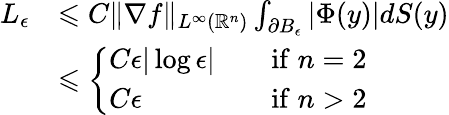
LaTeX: \begin{array}{rl}{L_{\epsilon}}&{\leqslant C\| \nabla f\| _{L^{\infty}(\mathbb{R}^{n})}\int_{\partial B_{\epsilon}}|\Phi(y)|dS(y)}\\ &{\leqslant\left\{ \begin{array}{ll}{C\epsilon|\log\epsilon|\quad}&{\mathrm{if}\; n=2}\\ {C\epsilon\quad}&{\mathrm{if}\; n>2}\end{array}\right.}\end{array}